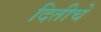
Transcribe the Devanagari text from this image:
दितीचे